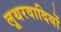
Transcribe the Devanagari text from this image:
लूथरवादियों